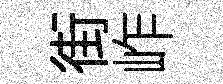
街岞